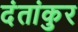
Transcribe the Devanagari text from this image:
दंतांकुर